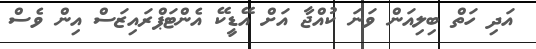
އަދި ހަތް ބިލިއަން ވަނަ ކުއްޖާ އަށް އޭޑީކޭ އެންޓަޕްރައިޒަސް އިން ވެސް